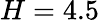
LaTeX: H=4.5